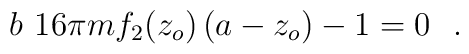
b\,\,16\pi m {f}_{2}(z_{o})\,(a-z_{o})-1=0\,\,\,\,.